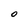
Character: O